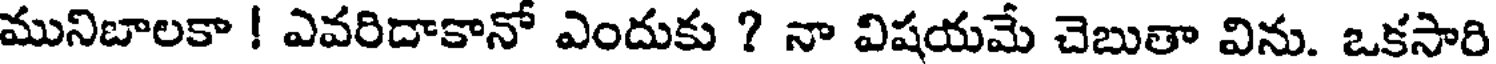
మునిబాలకా ! ఎవరిదాకానో ఎందుకు ? నా విషయమే చెబుతా విను. ఒకసారి